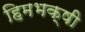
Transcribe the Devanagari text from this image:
हिमभक्षी